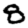
Digit: 8